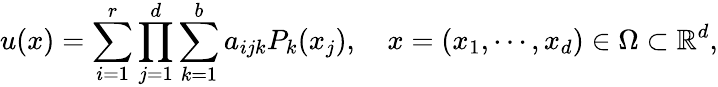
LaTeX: u(x)=\sum_{i=1}^{r}\prod_{j=1}^{d}\sum_{k=1}^{b}a_{ijk}P_{k}(x_{j}),\quad x=(x_{1},\cdots,x_{d})\in\Omega\subset\mathbb{R}^{d},